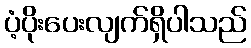
ပံ့ပိုးပေးလျက်ရှိပါသည်